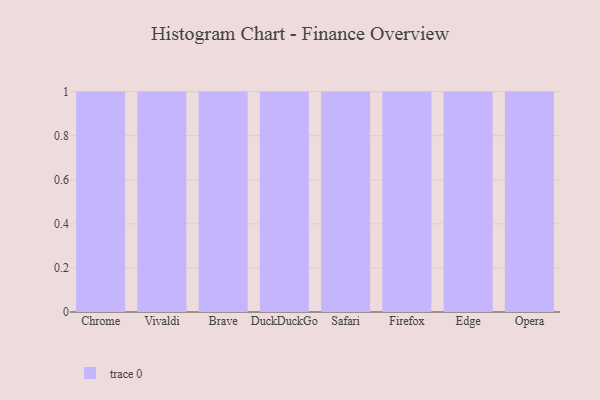
{"axis": {"x": "Browser", "y": "Latency (ms)"}, "legend": [""], "data": [{"x": "Chrome", "y": 75, "type": ""}, {"x": "Vivaldi", "y": 8, "type": ""}, {"x": "Brave", "y": 59, "type": ""}, {"x": "DuckDuckGo", "y": 1, "type": ""}, {"x": "Safari", "y": 63, "type": ""}, {"x": "Firefox", "y": 35, "type": ""}, {"x": "Edge", "y": 12, "type": ""}, {"x": "Opera", "y": 77, "type": ""}]}